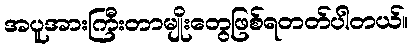
အပူအားကြီးတာမျိုးတွေဖြစ်ရတတ်ပါတယ်။